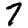
Digit: 7